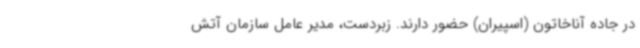
در جاده آناخاتون (اسپیران) حضور دارند. زبردست، مدیر عامل سازمان آتش